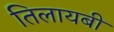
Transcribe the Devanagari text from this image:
तिलायबी